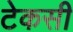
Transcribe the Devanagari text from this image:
टेकसी